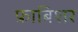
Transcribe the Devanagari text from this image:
फ्राबिशर